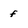
Character: f